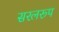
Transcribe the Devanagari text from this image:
सरलरूप